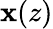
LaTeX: \mathbf{x}(z)